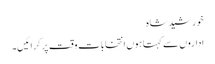
خورشید شاہ
اداروں سے کہتا ہوں انتخابات وقت پر کرائیں۔